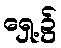
ရှေ့၌